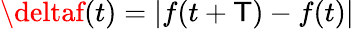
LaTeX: \deltaf(t)=|f(t+\mathsf{T})-f(t)|